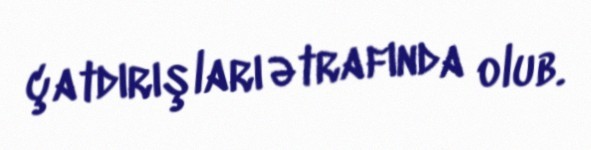
çatdırışları ətrafında olub.